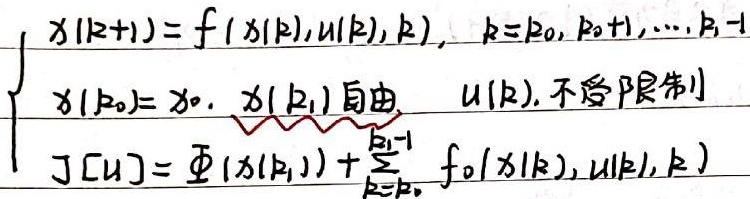
\(\begin{cases}
x(k + 1)=f(x(k),u(k),k),\ k = k_0,k_0 + 1,\cdots,k_1 - 1\\
x(k_0)=x_0,\ x(k_1)\text{ 自由 } \ u(k)\text{, 不受限制}\\
J[u]=\varPhi(x(k_1))+\sum_{k = k_0}^{k_1 - 1}f_0(x(k),u(k),k)
\end{cases}\)